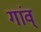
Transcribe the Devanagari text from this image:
गांव्